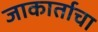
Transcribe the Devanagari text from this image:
जाकार्ताचा